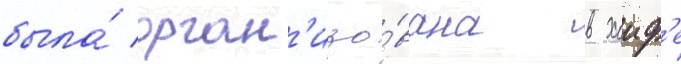
была́ орган'изо́вана в хаиф'е